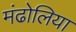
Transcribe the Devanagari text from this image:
मंढोलिया